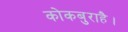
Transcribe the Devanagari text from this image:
कोकबुराहै।